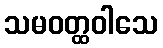
သမဝတ္ထဝါသေ